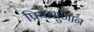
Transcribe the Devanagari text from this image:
प्रियासुजान